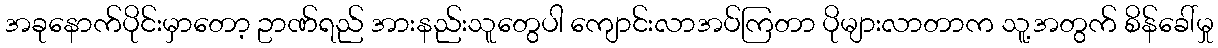
အခုနောက်ပိုင်းမှာတော့ ဥာဏ်ရည် အားနည်းသူတွေပါ ကျောင်းလာအပ်ကြတာ ပိုများလာတာက သူ့အတွက် စိန်ခေါ်မှု